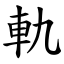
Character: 軌